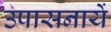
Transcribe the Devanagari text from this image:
उपासनायें